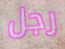
رجل